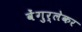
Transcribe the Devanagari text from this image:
वेंगुर्लेकर